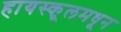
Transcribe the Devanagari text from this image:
हायस्‍कूलमधून